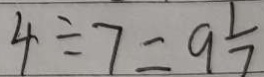
4 \div 7 = 9 \frac { 1 } { 7 }